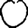
Digit: 0